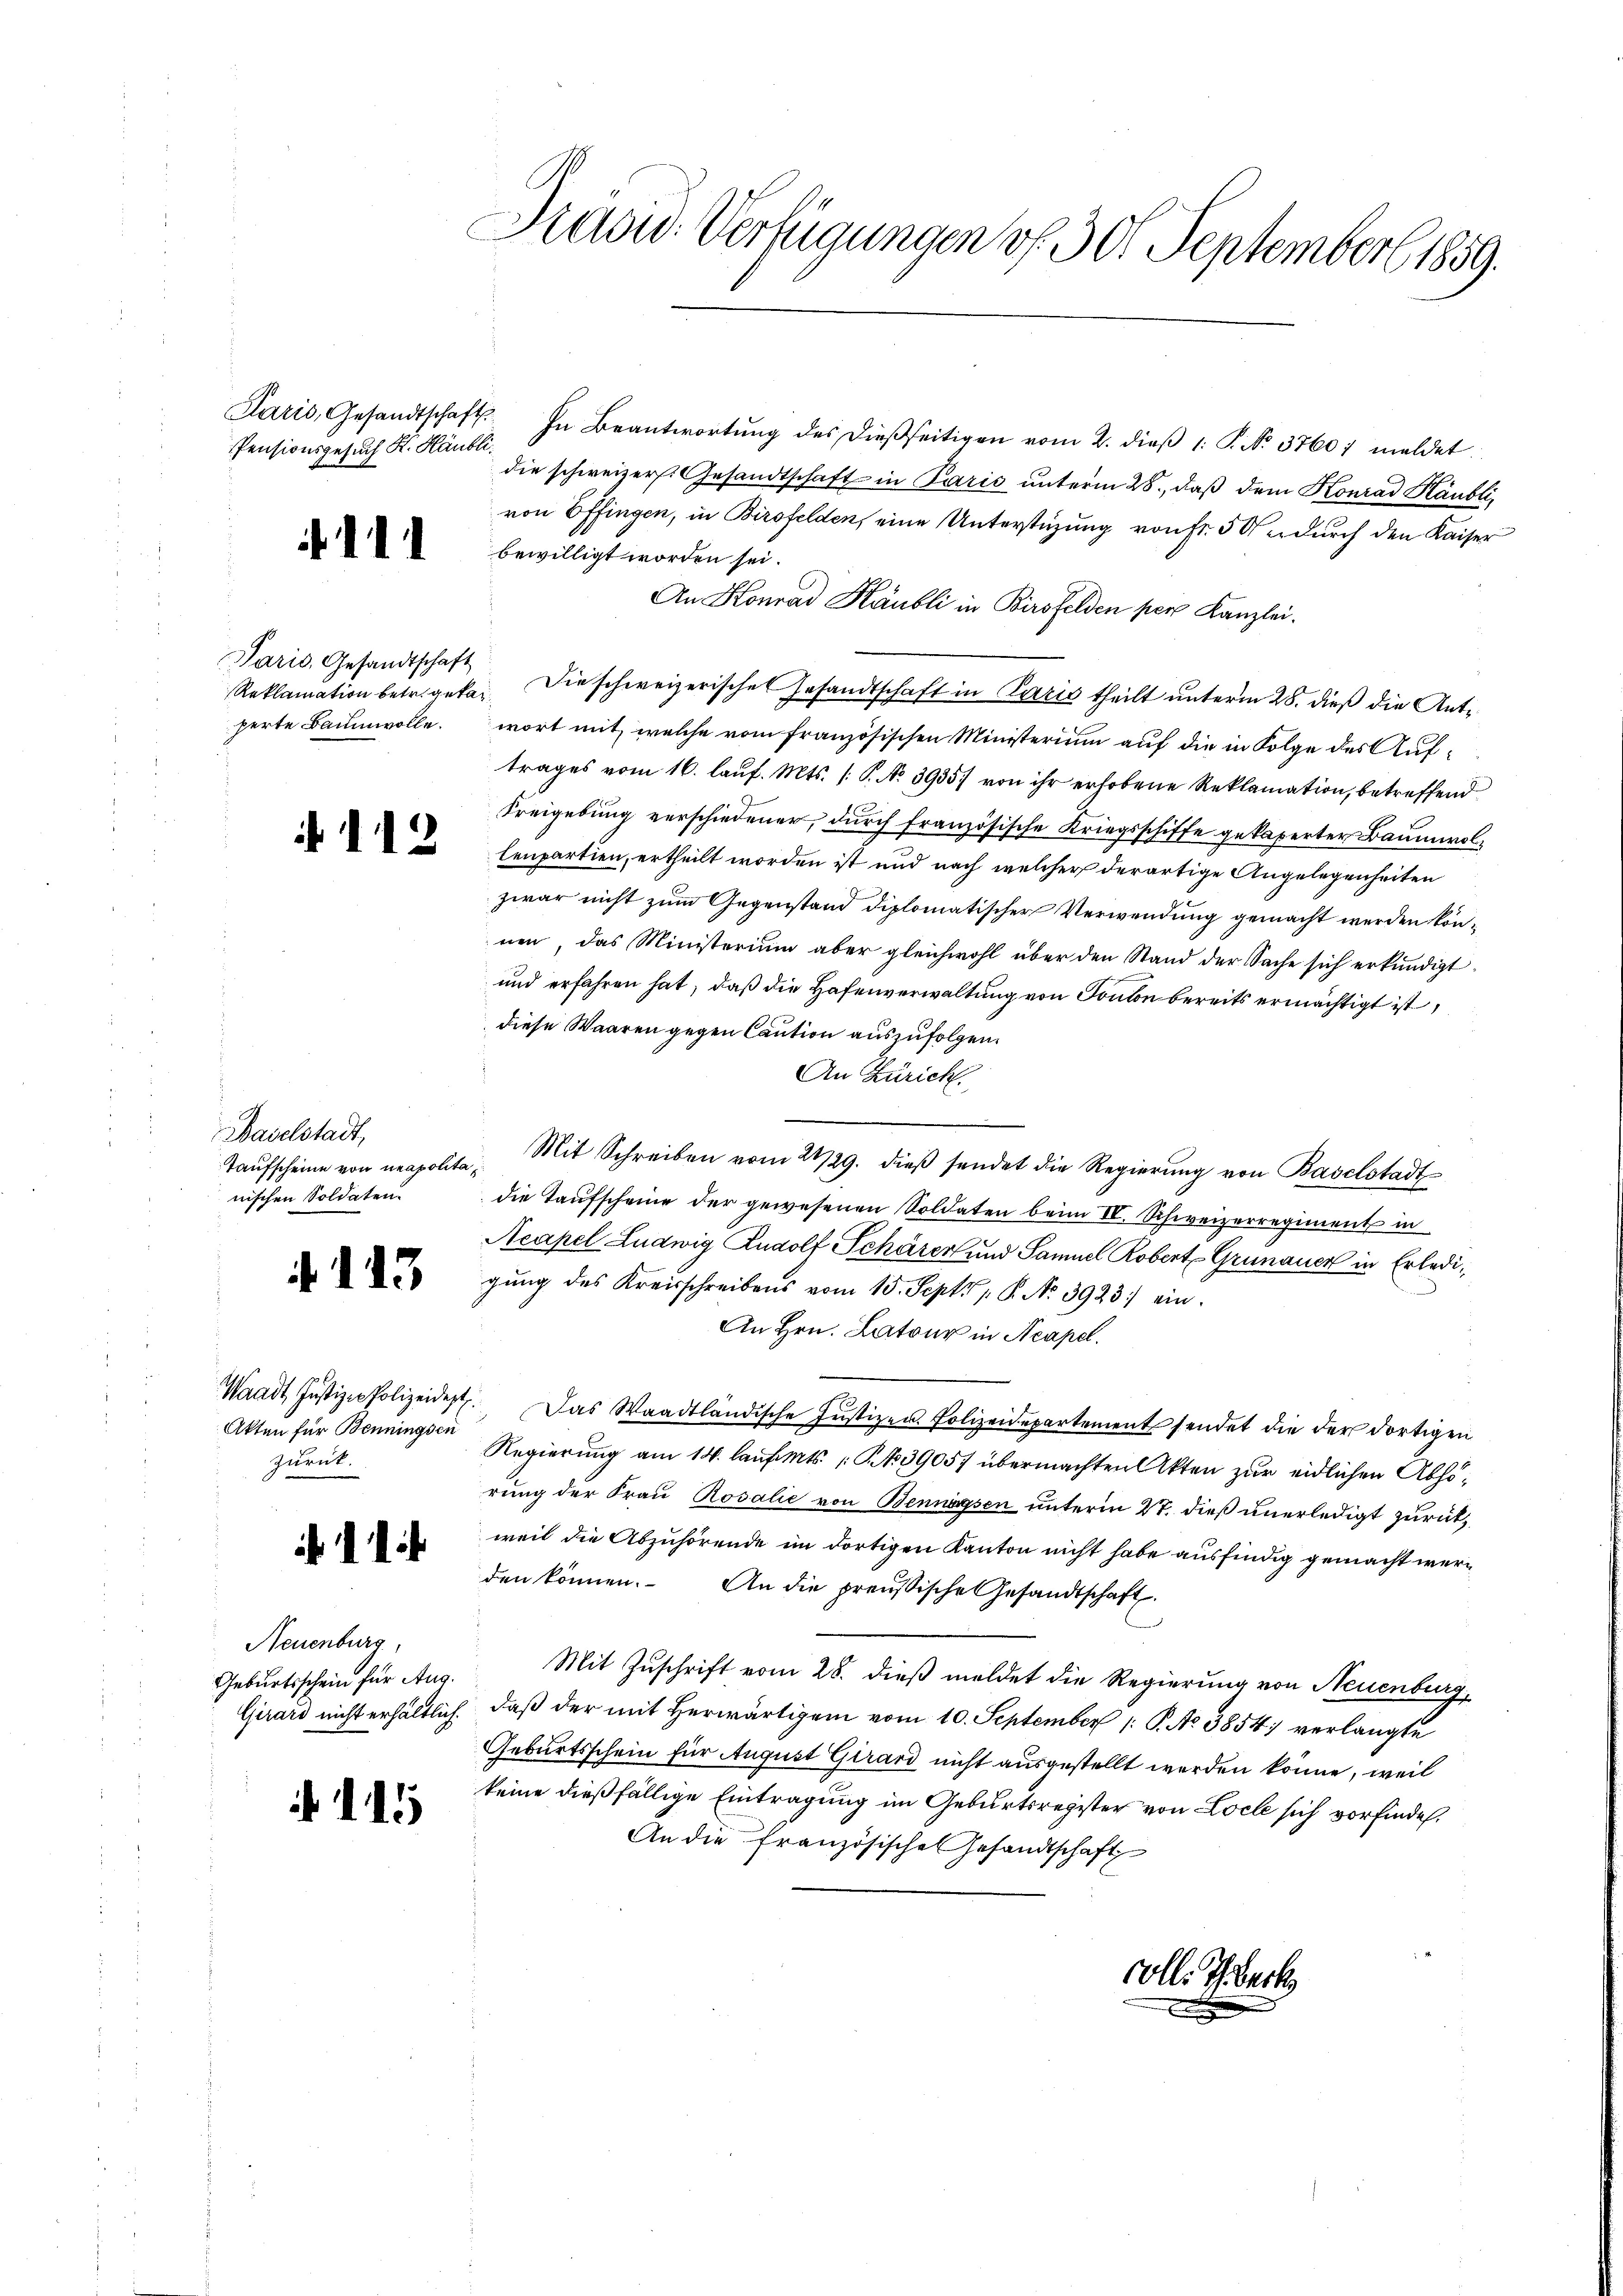
Pensionsgesuch St. Häubli

111

Paris Gesandtschaft
Reklamation betr. getan.
perte Baumwolle.

112

Baselstadt,
Taufscheine von neapolita
nischen Soldaten.

113

Waadt, Justiz-Polizeidest,
Akten für Benningsen
zurück.

11

Neuenburg
Geburtsschein für Aug.
Girard nicht erhältlich.

11

Kaow: Verfügungen v. 30. September 1859.

Paris, Gesandtschaft. In Beantwortŭng des dießseitigen vom 2. dieβ 1: P. No. 3760; meldet.
die schweizers. Gesandtschaft in Paris unterm 28., daß dem Konrad Häubli,
von Effingen, in Birsfelden, eine Unterstüzung von Fr. 50 durch den Kaiser
bewilligt worden sei.
An Konrad Häubli in Birsfelden per Kanzlei.
Die schweizerisches Gesandtschaft in Paris theilt unterm 28. dieß die Antwort mit, welche vom französischen Ministerium auf die in Folge des Auftrages vom 16. lauf. Mts. (: P. No 3935) von ihr erhobene Reklamation, betreffend
Freigebung verschiedener, durch französische Kriegsschiffe gekaperter Baumwollenpartien, ertheilt worden ist und nach welcher derartige Angelegenheiten
zwar nicht zum Gegenstand diplomatischer Verwendung gemacht werden können, das Ministerium aber gleichwohl über den Stand der Sache sich erkundigt.
und erfahren hat, daß die Hafenverwaltung von Ponton bereits ermächtigt ist
diese Waaren gegen Caution auszufolgen.
An Zürich.
Mit Schreiben vom 28/29. dieβ sendet die Regierung von Baselstadt
die Taufscheine der gewesenen Soldaten beim II. Schweizerregiment in
Acapel Ludwig Rudolf Schärer und Samuel Robert Grünauer in Erledigung des Kreisschreibens vom 15. Sept. 1. P. No. 3923.) ein¬
An Hrn. Latour in Neapel.
7. Das Waadtländische Justiz- u. Polizeidepartement sendet die der dortigen
Regierung am 14. lauf. Mts. 1 S. 39057 übermachten Akten zur eidlichen Abhörung der Frau Rosalie von Bennössen unterm 27. dieß unerledigt zurükweil die Abzuhörende im dortigen Kanton nicht habe ausfindig gemacht werden können. An die preußische Gesandtschaft
Mit Zuschrift vom 28. dieß meldet die Regierung von Neuenburg,
daß der mit herwärtigem vom 10. September 1 P. No 3854: verlangte
Geburtsschein für August Girard nicht ausgestellt werden könne, weil
keine dießfällige Eintragung im Geburtsregister von Loche sich vorfindet.
An die französische Gesandtschaft

colle Thack